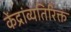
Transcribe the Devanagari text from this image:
केंद्रांव्यतिरिक्त